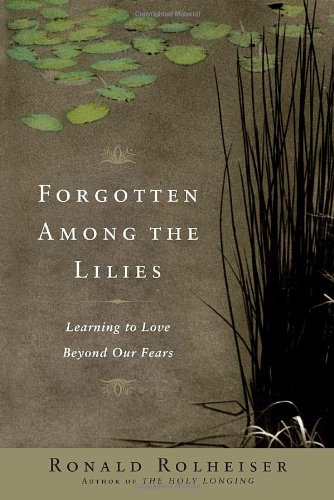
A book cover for Forgotten Among the Lilies: Learning to Love Beyond Our Fears; Ronald Rolheiser; Christian Books & Bibles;